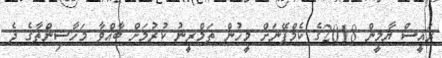
ރައީސް ޔާމީން 2018ގެ ކެމްޕޭނަށް މީހުން ތަމްރީނު ކުރުމަށް ބާއްވާ މަހާސިންތާގެ ދެ